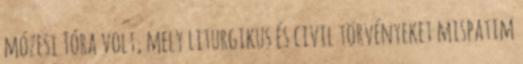
mózesi Tóra volt, mely liturgikus és civil törvényeket mispatim